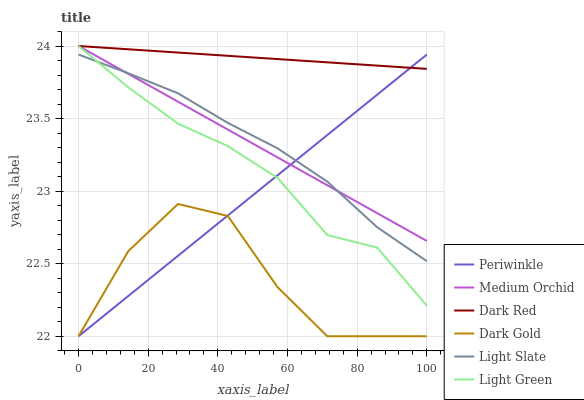
| xaxis_label | Periwinkle | Medium Orchid | Dark Red | Dark Gold | Light Slate | Light Green |
 | --- | --- | --- | --- | --- | --- | --- |
 | 0 | 22 | 24 | 24 | 22 | 23.9 | 24 |
 | 14.3 | 22.3 | 23.8 | 24 | 22.6 | 23.8 | 23.7 |
 | 28.6 | 22.6 | 23.6 | 24 | 22.9 | 23.7 | 23.5 |
 | 42.9 | 22.8 | 23.4 | 23.9 | 22.8 | 23.5 | 23.3 |
 | 57.1 | 23.1 | 23.2 | 23.9 | 22.3 | 23.3 | 23.1 |
 | 71.4 | 23.4 | 23 | 23.9 | 22 | 23.1 | 22.7 |
 | 85.7 | 23.7 | 22.8 | 23.9 | 22 | 22.8 | 22.6 |
 | 100 | 23.9 | 22.7 | 23.8 | 22 | 22.5 | 22.2 |